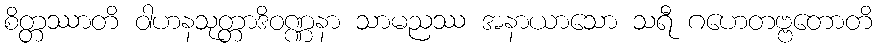
စိတ္တဿာတိ ဝါဟနသုတ္တာဒိဝဏ္ဏနာ သာမညဿ အနာယာသော သရီ ဂဟေတဗ္ဗတောတိ